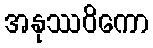
အနုဿဝိကော